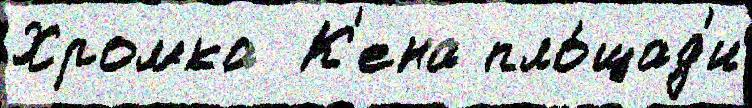
Хромка  К'ена пло́щад'и